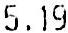
5.19